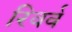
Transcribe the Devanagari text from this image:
रिवर्व